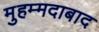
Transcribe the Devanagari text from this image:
मुहम्‍मदाबाद